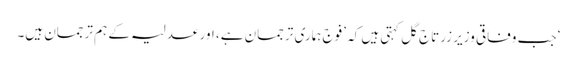
‘ جب وفاقی وزیر زرتاج گل کہتی ہیں کہ ’فوج ہماری ترجمان ہے، اور عدلیہ کے ہم ترجمان ہیں۔